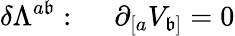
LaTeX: \delta\Lambda^{a\mathfrak{b}}:~~~~~\partial_{[a}V_{\mathfrak{b}]}=0